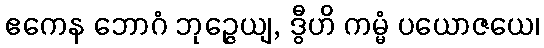
ဧကေန ဘောဂံ ဘုဉ္ဇေယျ, ဒွီဟိ ကမ္မံ ပယောဇယေ၊